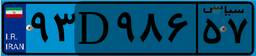
۹۲D۰۴۶۸۷